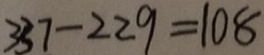
3 3 7 - 2 2 9 = 1 0 8